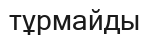
тұрмайды